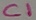
Text: C1